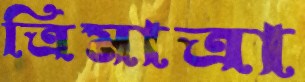
ত্রিমাত্রা